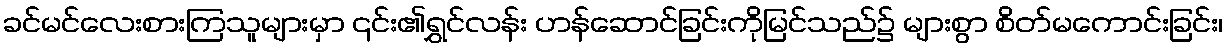
ခင်မင်လေးစားကြသူများမှာ ၎င်း၏ရွှင်လန်း ဟန်ဆောင်ခြင်းကိုမြင်သည်၌ များစွာ စိတ်မကောင်းခြင်း၊